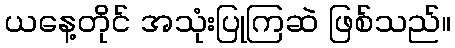
ယနေ့တိုင် အသုံးပြုကြဆဲ ဖြစ်သည်။